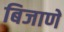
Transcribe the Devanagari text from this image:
बिजाणे